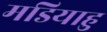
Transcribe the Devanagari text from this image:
मडियाहु